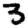
Digit: 3